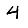
Digit: 4